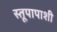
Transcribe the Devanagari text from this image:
स्तूपापाशी